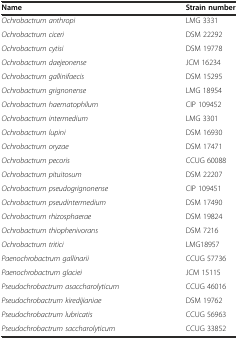
<table><thead><tr><td><b>Name</b></td><td><b>Strain number</b></td></tr></thead><tbody><tr><td><i>Ochrobactrum anthropi</i></td><td>LMG 3331</td></tr><tr><td><i>Ochrobactrum ciceri</i></td><td>DSM 22292</td></tr><tr><td><i>Ochrobactrum cytisi</i></td><td>DSM 19778</td></tr><tr><td><i>Ochrobactrum daejeonense</i></td><td>JCM 16234</td></tr><tr><td><i>Ochrobactrum gallinifaecis</i></td><td>DSM 15295</td></tr><tr><td><i>Ochrobactrum grignonense</i></td><td>LMG 18954</td></tr><tr><td><i>Ochrobactrum haematophilum</i></td><td>CIP 109452</td></tr><tr><td><i>Ochrobactrum intermedium</i></td><td>LMG 3301</td></tr><tr><td><i>Ochrobactrum lupini</i></td><td>DSM 16930</td></tr><tr><td><i>Ochrobactrum oryzae</i></td><td>DSM 17471</td></tr><tr><td><i>Ochrobactrum pecoris</i></td><td>CCUG 60088</td></tr><tr><td><i>Ochrobactrum pituitosum</i></td><td>DSM 22207</td></tr><tr><td><i>Ochrobactrum pseudogrignonense</i></td><td>CIP 109451</td></tr><tr><td><i>Ochrobactrum pseudintermedium</i></td><td>DSM 17490</td></tr><tr><td><i>Ochrobactrum rhizosphaerae</i></td><td>DSM 19824</td></tr><tr><td><i>Ochrobactrum thiophenivorans</i></td><td>DSM 7216</td></tr><tr><td><i>Ochrobactrum tritici</i></td><td>LMG18957</td></tr><tr><td><i>Paenochrobactrum gallinarii</i></td><td>CCUG 57736</td></tr><tr><td><i>Paenochrobactrum glaciei</i></td><td>JCM 15115</td></tr><tr><td><i>Pseudochrobactrum asaccharolyticum</i></td><td>CCUG 46016</td></tr><tr><td><i>Pseudochrobactrum kiredijianiae</i></td><td>DSM 19762</td></tr><tr><td><i>Pseudochrobactrum lubricatis</i></td><td>CCUG 56963</td></tr><tr><td><i>Pseudochrobactrum saccharolyticum</i></td><td>CCUG 33852</td></tr></tbody></table>